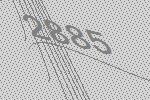
2885